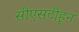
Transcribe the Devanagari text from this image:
सीएसटीहून